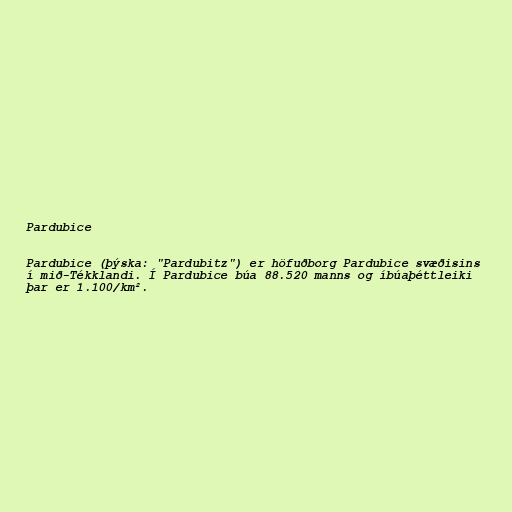
Pardubice

Pardubice (þýska: "Pardubitz") er höfuðborg Pardubice svæðisins
í mið-Tékklandi. Í Pardubice búa 88.520 manns og íbúaþéttleiki
þar er 1.100/km².